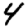
Digit: 4